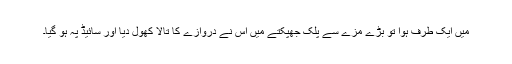
میں ایک طرف ہوا تو بڑے مزے سے پلک جھپکتے میں اس نے دروازے کا تالا کھول دیا اور سائیڈ پہ ہو گیا۔